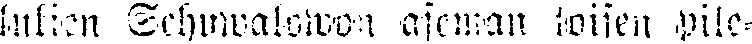
lukien Schuwalowon aseman toisen pile-